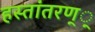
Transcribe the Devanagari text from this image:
हस्तांतरण््